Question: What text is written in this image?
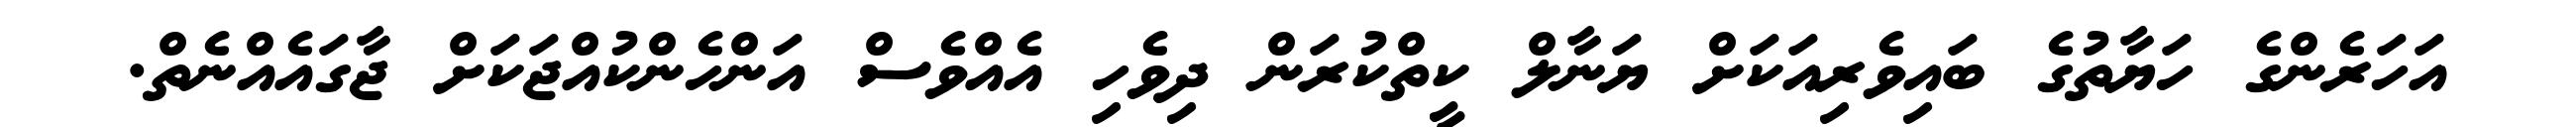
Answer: އަހަރެންގެ ހަޔާތުގެ ބައިވެރިއަކަށް ޔަނާލް ކީތްކުރަން ދިވެހި އެއްވެސް އަންހެންކުއްޖަކަށް ޖާގައެއްނެތް.